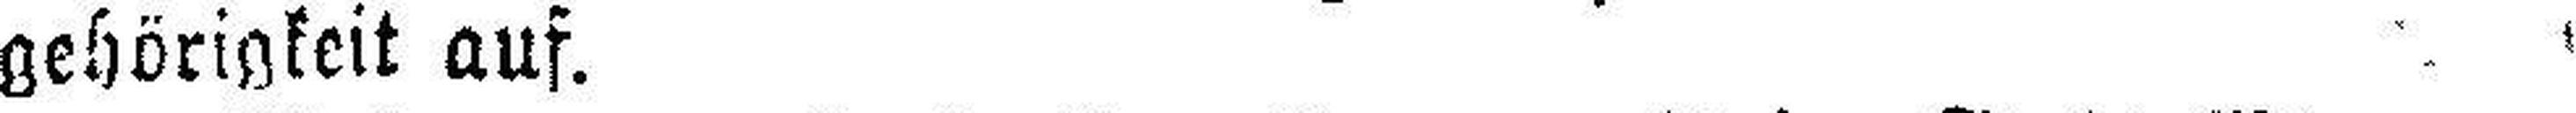
gehörigkeit auf.